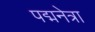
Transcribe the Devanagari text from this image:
पद्मनेत्रा